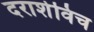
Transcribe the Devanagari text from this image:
दराशेविच